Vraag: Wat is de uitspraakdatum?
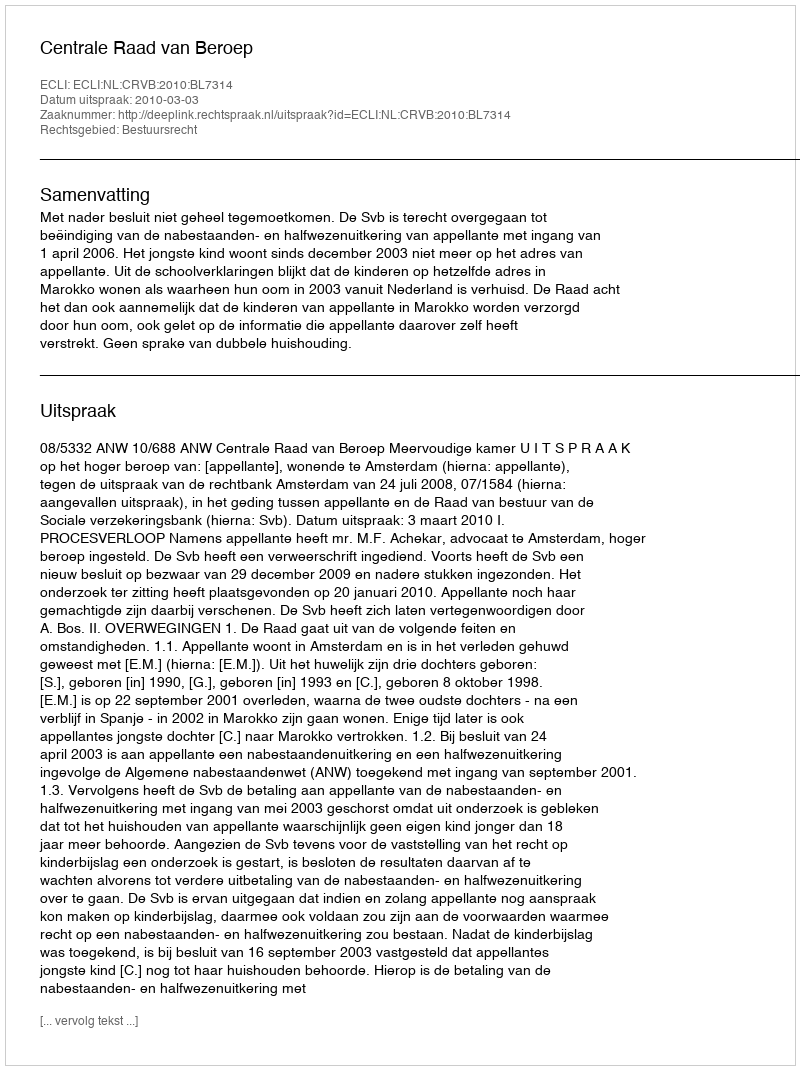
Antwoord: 2010-03-03